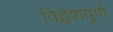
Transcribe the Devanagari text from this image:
विद्वेशपूर्ण